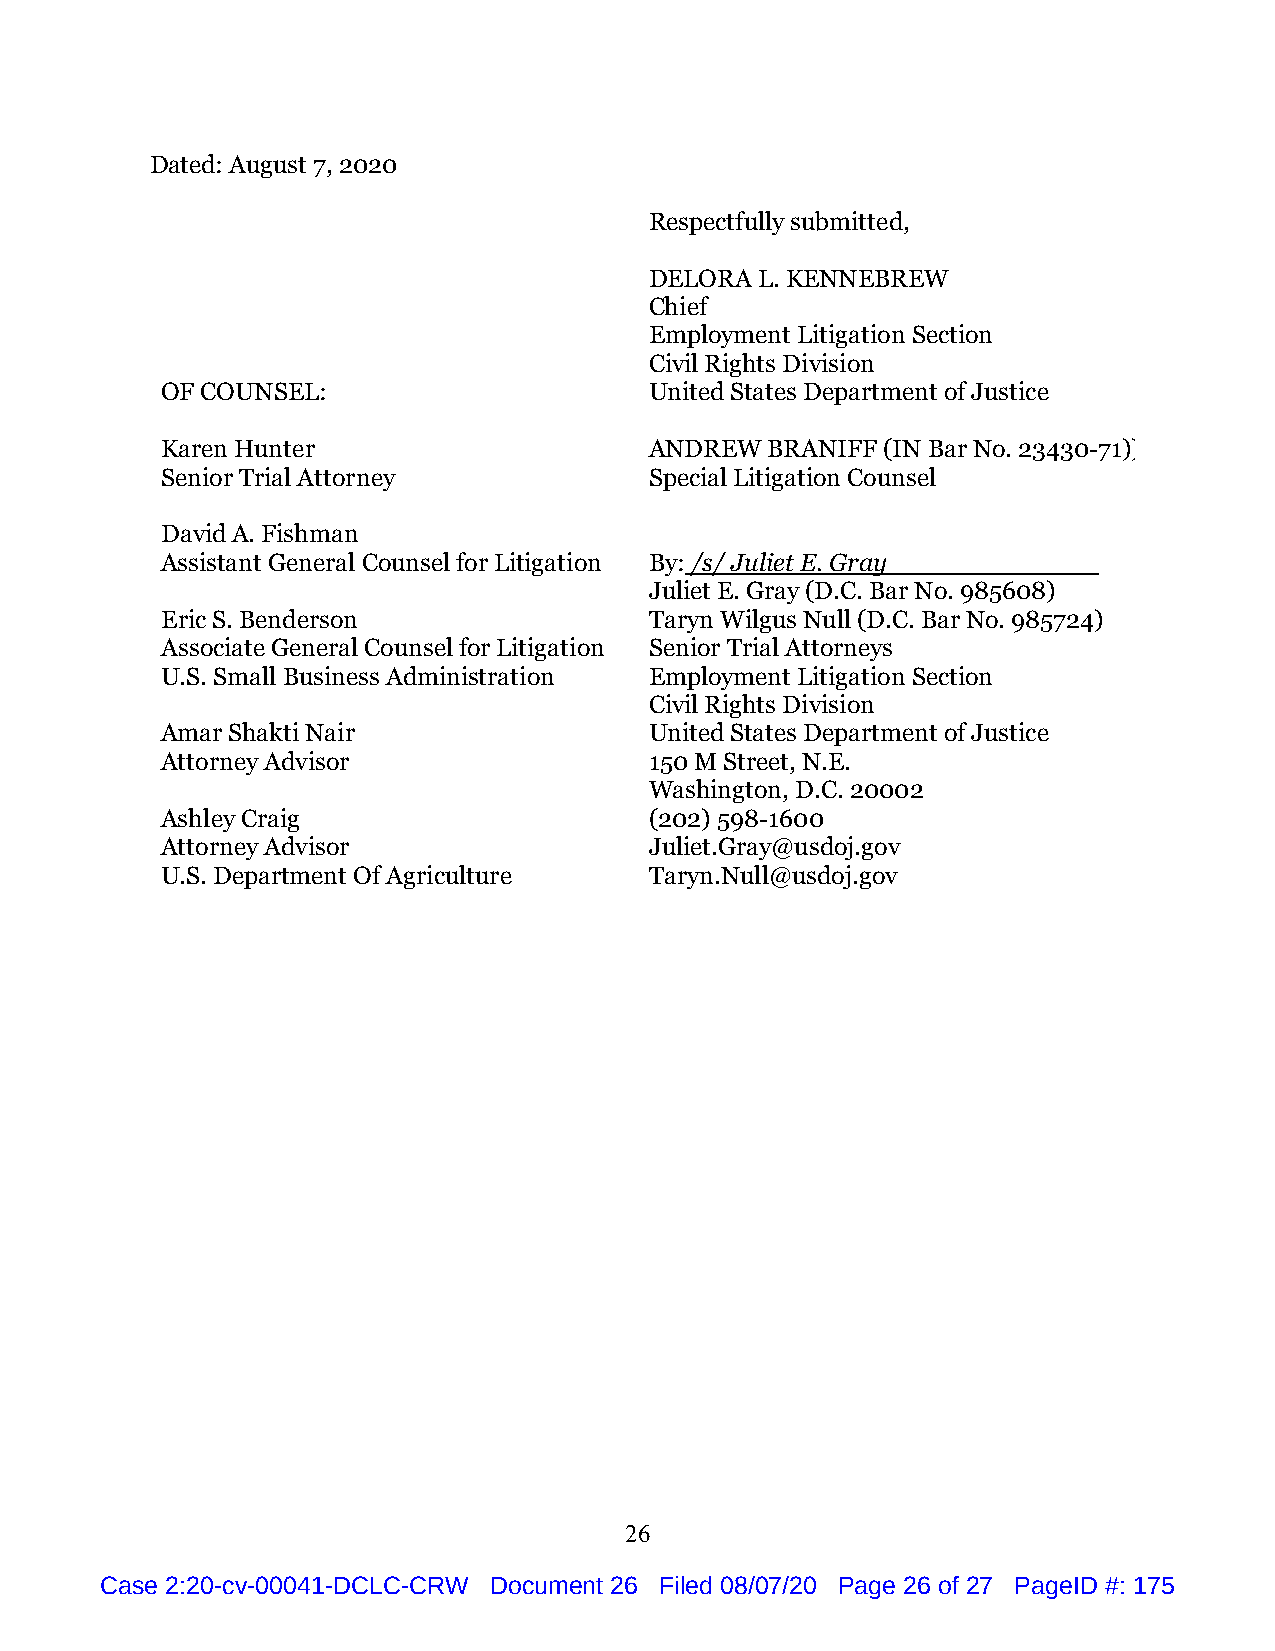
Dated: August 7, 2020
 Respectfully submitted,
 DELORA L. KENNEBREW
 Chief
 Employment Litigation Section
 Civil Rights Division
 OF COUNSEL:                     United States Department of Justice
 Karen Hunter                    ANDREW  BRANIFF (IN Bar No. 23430-71))
 Senior Trial Attorney           Special Litigation Counsel
 David A. Fishman
 Assistant General Counsel for Litigation By: /s/ Juliet E. Gray
 Juliet E. Gray (D.C. Bar No. 985608)
 Eric S. Benderson               Taryn Wilgus Null (D.C. Bar No. 985724)
 Associate General Counsel for Litigation Senior Trial Attorneys
 U.S. Small Business Administration Employment Litigation Section
 Civil Rights Division
 Amar Shakti Nair                United States Department of Justice
 Attorney Advisor                150 M Street, N.E.
 Washington, D.C. 20002
 Ashley Craig                    (202) 598-1600
 Attorney Advisor                Juliet.Gray@usdoj.gov
 U.S. Department Of Agriculture  Taryn.Null@usdoj.gov
 26
 Case 2:20-cv-00041-DCLC-CRW Document 26 Filed 08/07/20 Page 26 of 27 PageID #: 175